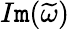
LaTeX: I\mathtt{m}(\widetilde{{\omega}})